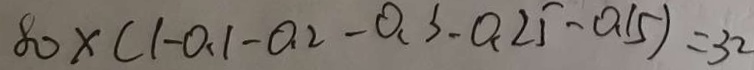
8 0 \times ( 1 - 0 . 1 - 0 . 2 - 0 . 3 - 0 . 2 5 - 0 . 1 5 ) = 3 2